Annual administration report of the Civil Veterinary Department of India - 1898-1899
Year: 1898
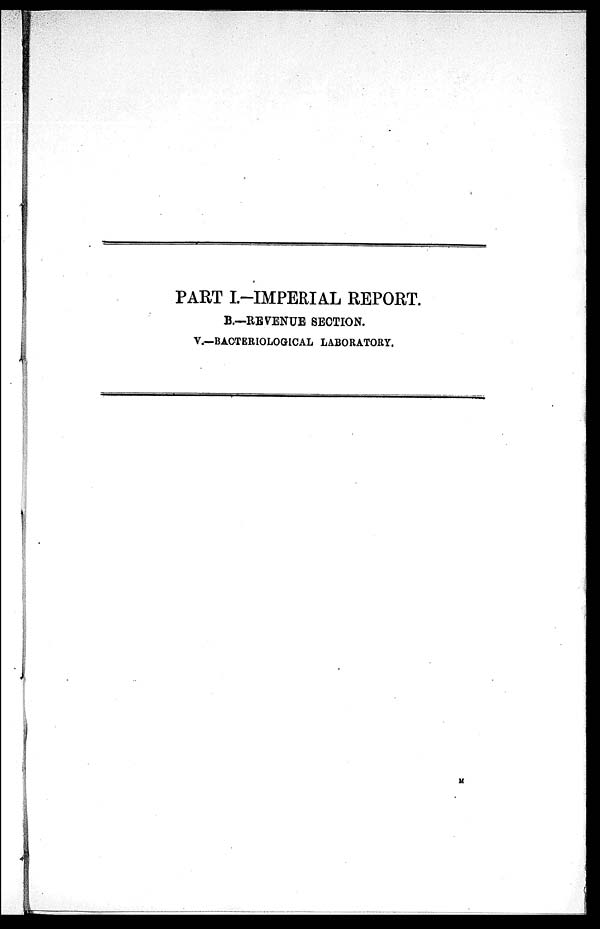
PART I.-IMPERIAL REPORT.
B.—REVENUE SECTION.
V.—BACTERIOLOGICAL LABORATORY.